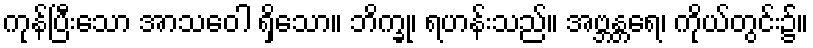
ကုန်ပြီးသော အာသဝေါ ရှိသော။ ဘိက္ခု၊ ရဟန်းသည်။ အဗ္ဘန္တရေ၊ ကိုယ်တွင်း၌။